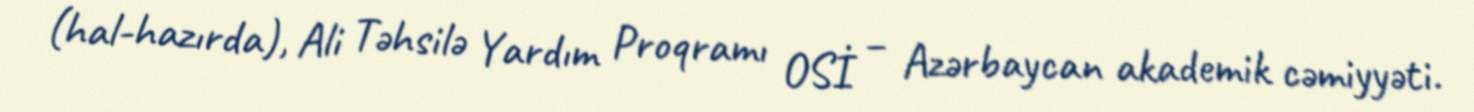
(hal-hazırda), Ali Təhsilə Yardım Proqramı OSİ – Azərbaycan akademik cəmiyyəti.